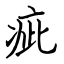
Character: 疵